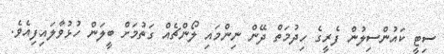
ސިޓީ ކައުންސިލުން ފެރީގެ ހިދުމަތް ދޭން ނިންމައި ލޯންޗެއް ގަތުމަށް ބީލަން ހުޅުވާލައިފިއެވެ.